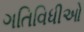
ગતિવિધીઓ